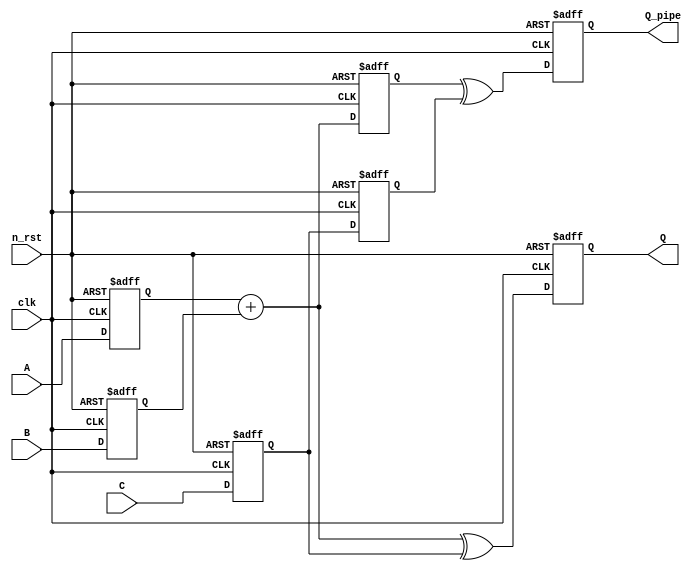
`timescale 1 ns / 1 ps 

module pipeline (clk, n_rst, A, B, C, Q, Q_pipe);

parameter WIDTH = 4;

	input clk;
	input n_rst;
	input [WIDTH-1:0] A;
	input [WIDTH-1:0] B;
	input [WIDTH-1:0] C;
	output reg [WIDTH-1:0] Q;
	output reg [WIDTH-1:0] Q_pipe;
	reg [WIDTH-1:0] q_a;
	reg [WIDTH-1:0] q_b;
	reg [WIDTH-1:0] q_c;
	reg [WIDTH-1:0] q_cc;
	reg [WIDTH-1:0] q_ab;

always @(posedge clk, negedge n_rst)
	begin 
		if (!n_rst) begin 
			Q <= 0;
			Q_pipe <= 0;
			q_a <= 0;
			q_b <= 0;
			q_c <= 0;
			q_ab <= 0;
			q_cc <= 0;
		end else begin
			q_a <= A;
			q_b <= B;
			q_c <= C;
			q_cc <= q_c;
			q_ab <= q_a + q_b;
			Q_pipe <= q_ab ^ q_cc;
			Q <= (q_a + q_b) ^ q_c;
		end 
end 
endmodule